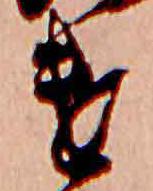
遣